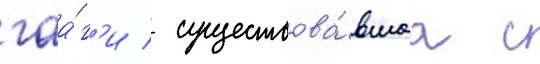
гаа́г'и / существова́вшаа с